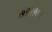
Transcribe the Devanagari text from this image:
७१११०३